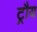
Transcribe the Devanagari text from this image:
ट्रौय